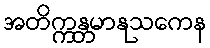
အတိက္ကန္တမာနုသကေန